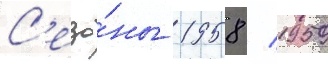
С'езо́ны 1958 / 1959